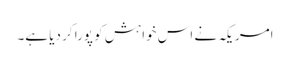
امریکہ نے اس خواہش کو پورا کر دیا ہے۔